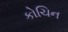
કોચિન